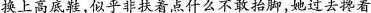
换上高底鞋，似乎非扶着点什么不敢抬脚，她过去搀着